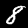
Digit: 8